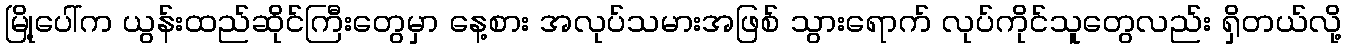
မြို့ပေါ်က ယွန်းထည်ဆိုင်ကြီးတွေမှာ နေ့စား အလုပ်သမားအဖြစ် သွားရောက် လုပ်ကိုင်သူတွေလည်း ရှိတယ်လို့